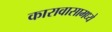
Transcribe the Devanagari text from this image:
कारावासामध्ये